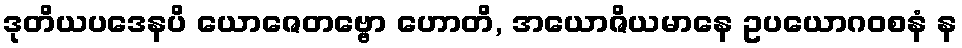
ဒုတိယပဒေနပိ ယောဇေတဗ္ဗော ဟောတိ, အယောဇိယမာနေ ဥပယောဂဝစနံ န